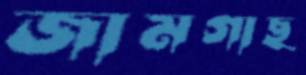
জামগাছ